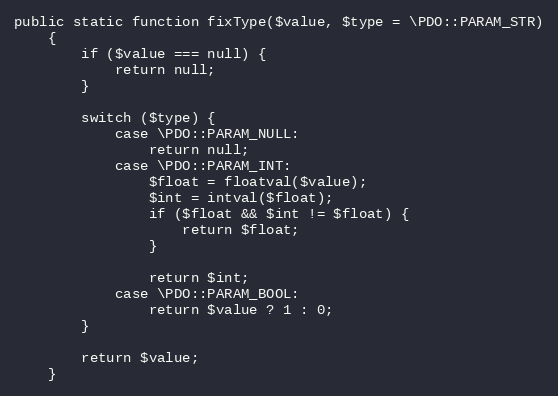
Language: PHP
public static function fixType($value, $type = \PDO::PARAM_STR)
    {
        if ($value === null) {
            return null;
        }

        switch ($type) {
            case \PDO::PARAM_NULL:
                return null;
            case \PDO::PARAM_INT:
                $float = floatval($value);
                $int = intval($float);
                if ($float && $int != $float) {
                    return $float;
                }

                return $int;
            case \PDO::PARAM_BOOL:
                return $value ? 1 : 0;
        }

        return $value;
    }